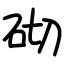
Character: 砌